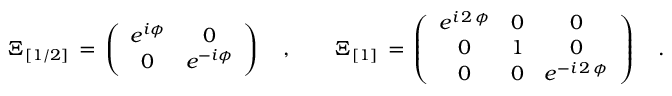
{ \mit \Xi } _ { [ 1 / 2 ] } \, = \, \left( \begin{array} { c c } { { e ^ { i \phi } } } & { { 0 } } \\ { { 0 } } & { { e ^ { - i \phi } } } \end{array} \right) \quad , \qquad { \mit \Xi } _ { [ 1 ] } \, = \, \left( \begin{array} { c c c } { { e ^ { i \, 2 \, \phi } } } & { { 0 } } & { { 0 } } \\ { { 0 } } & { { 1 } } & { { 0 } } \\ { { 0 } } & { { 0 } } & { { e ^ { - i \, 2 \, \phi } } } \end{array} \right) \quad .